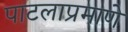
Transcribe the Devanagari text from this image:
पाटलाप्रमाणे